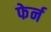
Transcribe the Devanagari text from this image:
फेर्न